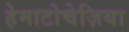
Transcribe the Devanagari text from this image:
हेमाटोचेज़िया